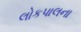
લોકપાલના